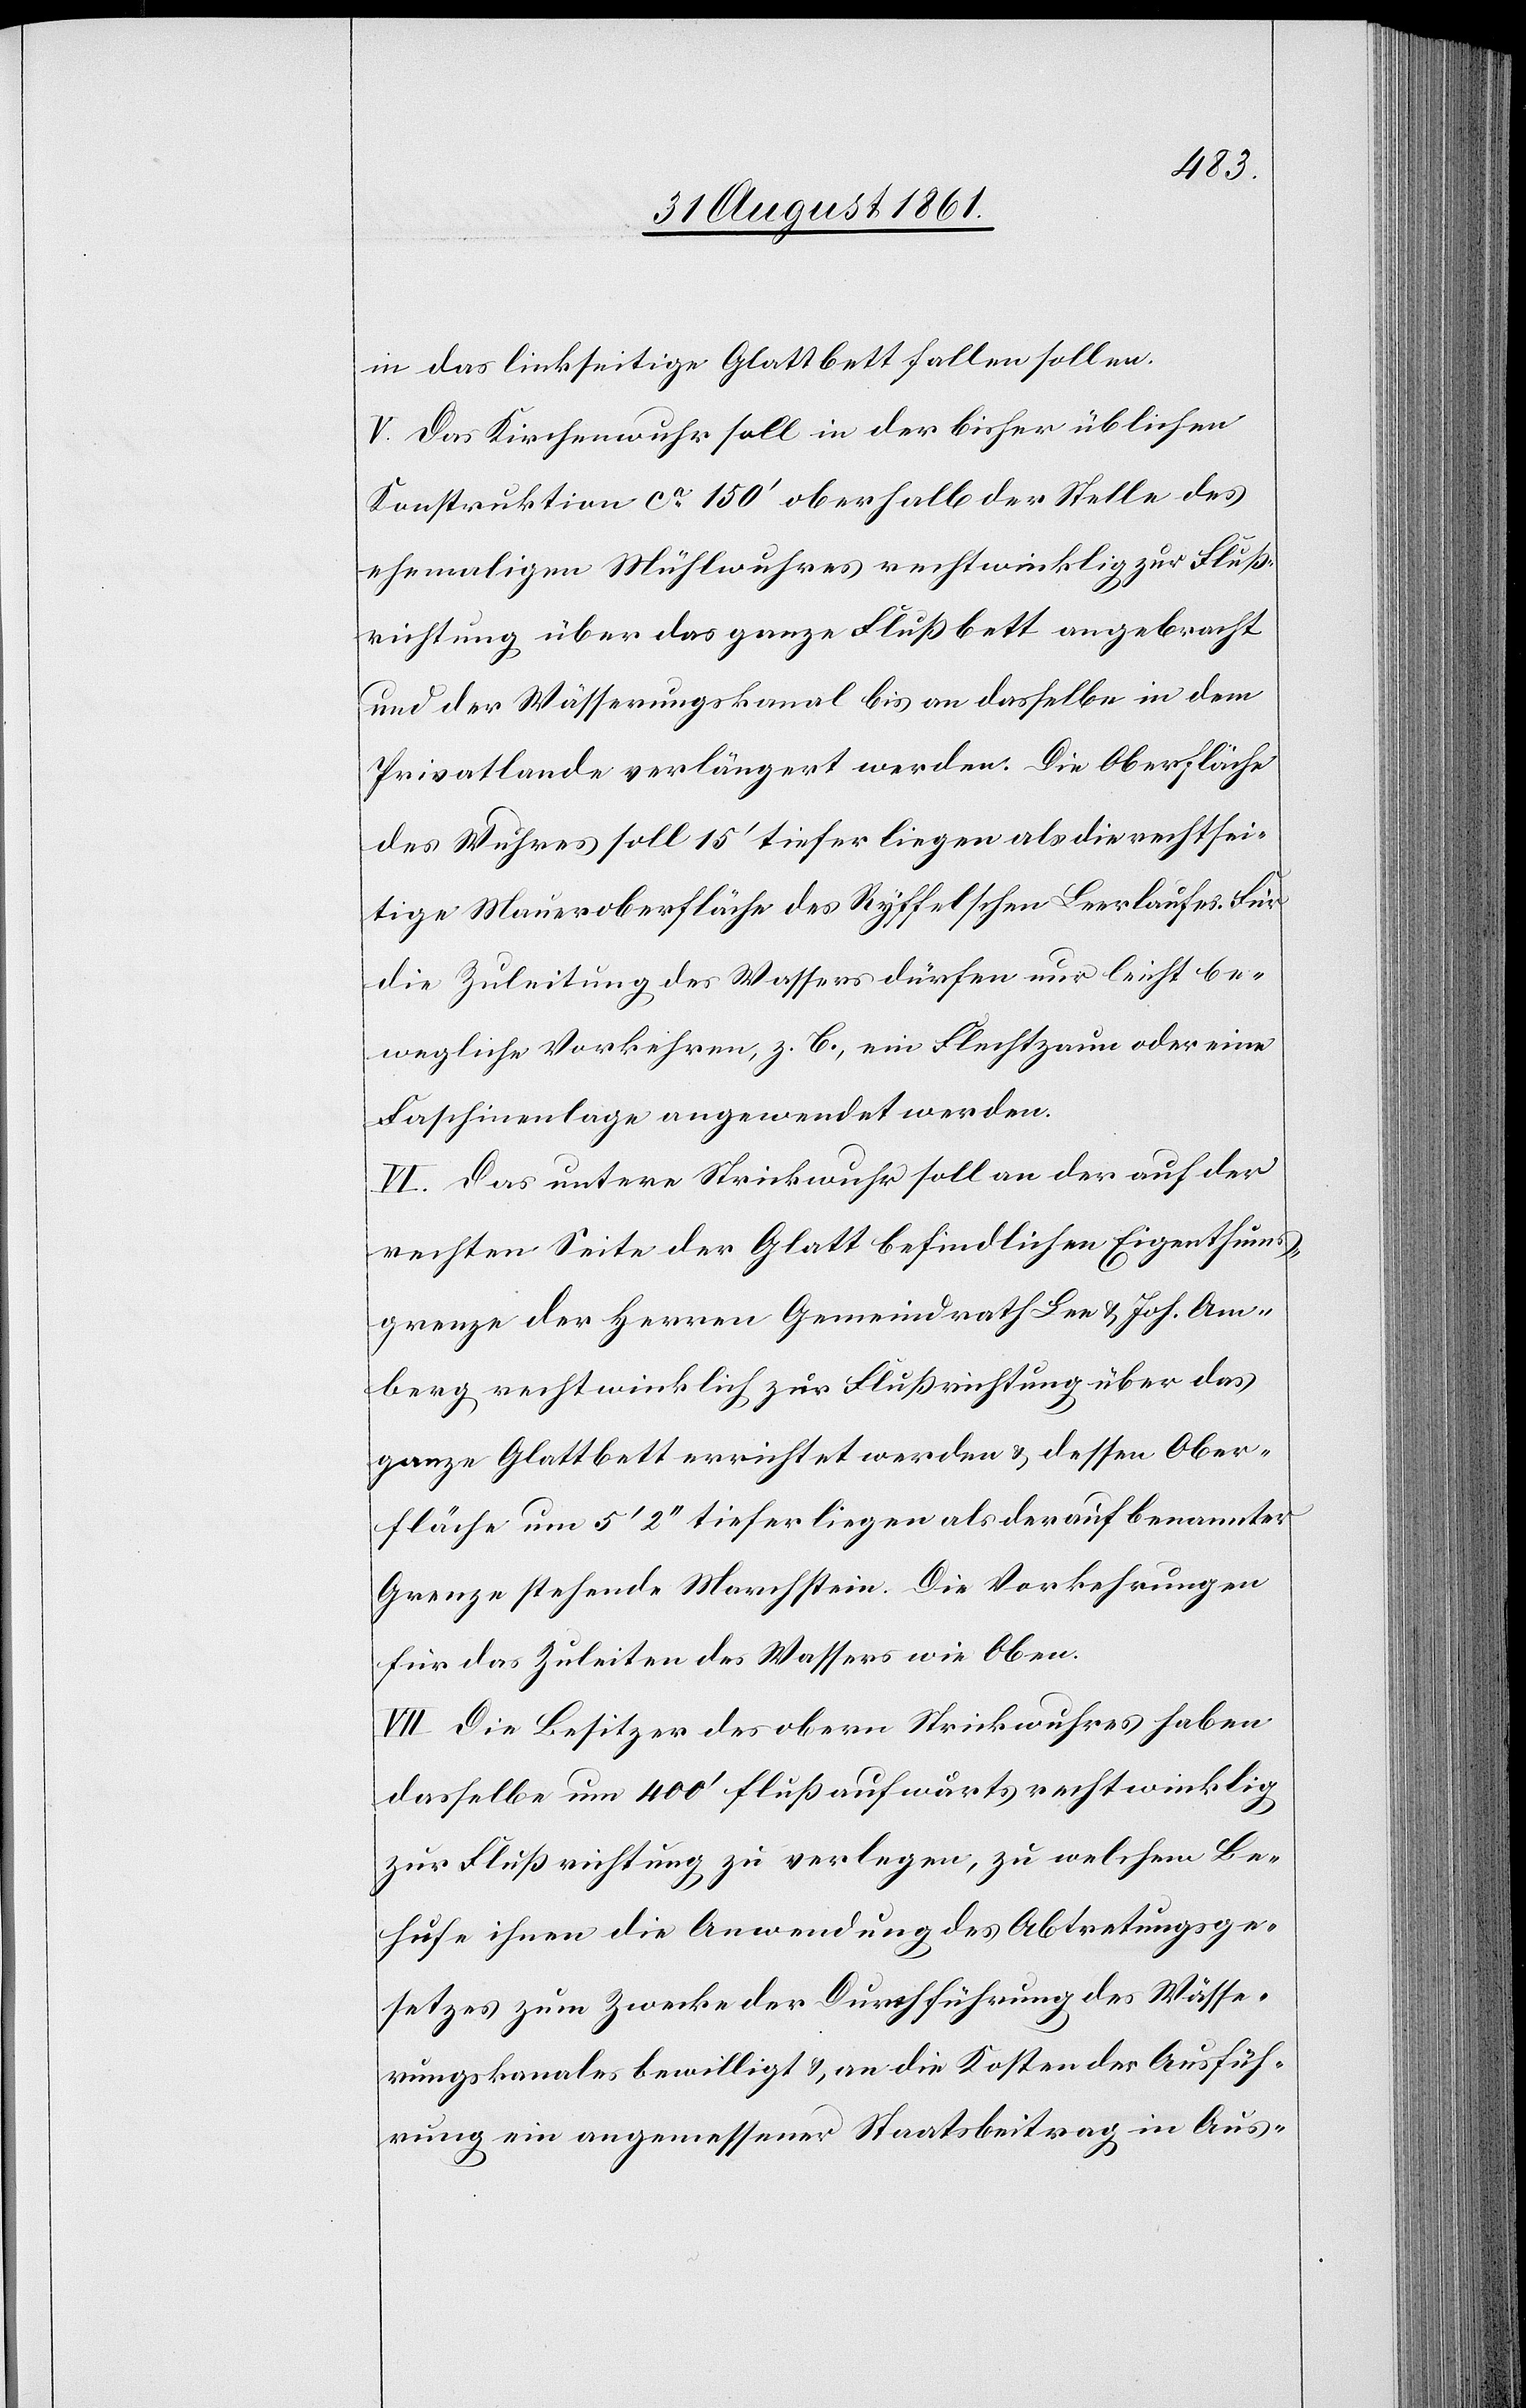
in das linkseitige Glattbett fallen sollen.
V. Das Kirchenwuhr soll in der bisher üblichen
Konstruktion ca 150’ oberhalb der Stelle des
ehemaligen Mühlewuhres rechtwinklig zur Fluß¬
richtung über das ganze Flußbett angebracht
und der Wässerungskanal bis an dasselbe in dem
Privatlande verlängert werden. Die Oberfläche
des Wuhres soll 15’ tiefer liegen als die rechtsei¬
tige Maueroberfläche des Ryffelschen Leerlaufes. Für
die Zuleitung des Wassers dürfen nur leicht be¬
wegliche Vorkehren, z. B., ein Fluchtzaun oder eine
Faschinenlage angewendet werden.
VI. Das untere Strichwuhr soll an der auf der
rechten Seite der Glatt befindlichen Eigenthums¬
grenze der Herren Gemeindrath Lee u. Joh. Am¬
berg rechtwinklich zur Flußrichtung über das
ganze Glattbett errichtet werden u. dessen Ober¬
fläche um 5‘ 2‘‘ tiefer liegen als der auf benannter
Grenze stehende Marchstein. Die Vorkehrungen
für das Zuleiten des Wassers wie Oben.
VIII. Die Besitzer des obern Steinwuhres haben
dasselbe um 400’ flußaufwärts rechtwinklig
zur Flußrichtung zu verlegen, zu welchem Be¬
hufe ihnen die Anwendung des Abtretungsge¬
setzes zum Zwecke der Durchführung des Wässe¬
rungskanales bewilligt u. an die Kosten der Ausfüh¬
rung ein angemessener Staatsbeitrag in Aus-